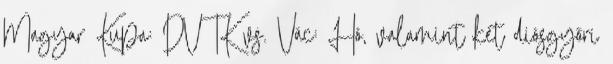
Magyar Kupa: DVTK vs. Vác: Hó, valamint két diósgyőri